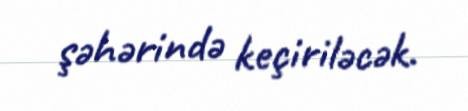
şəhərində keçiriləcək.